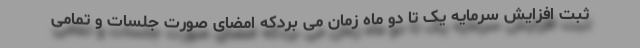
ثبت افزایش سرمایه یک تا دو ماه زمان می بردکه امضای صورت جلسات و تمامی